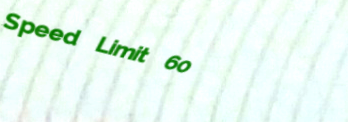
Speed Limit 60